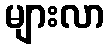
များလာ